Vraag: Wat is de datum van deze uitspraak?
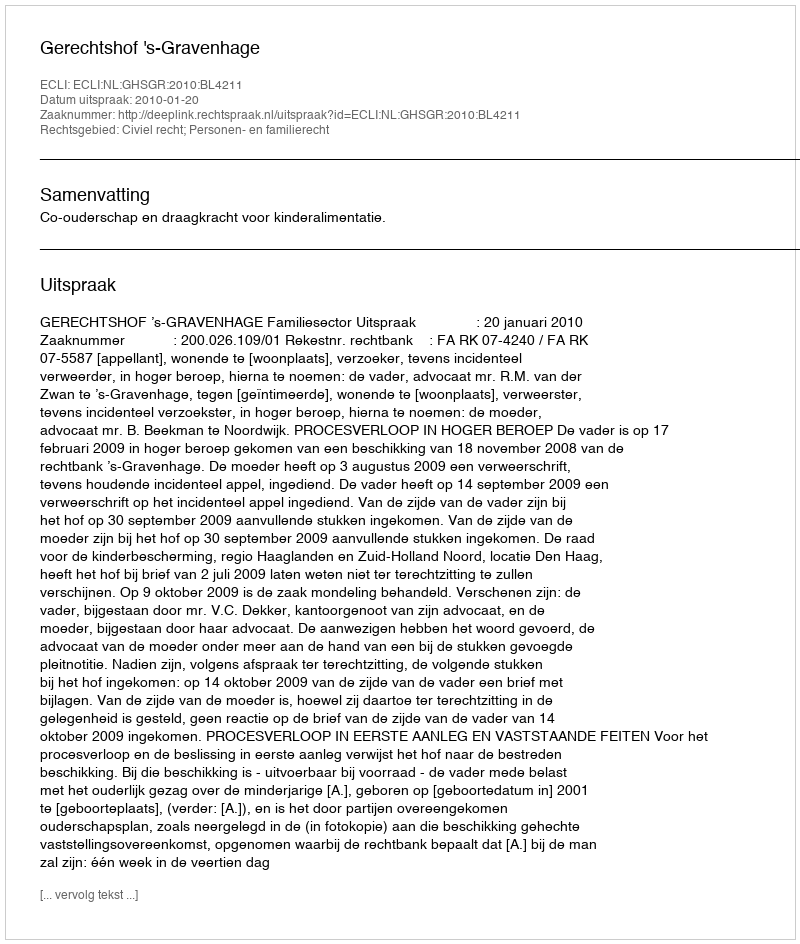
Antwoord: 2010-01-20